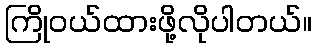
ကြိုဝယ်ထားဖို့လိုပါတယ်။